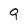
Character: 9